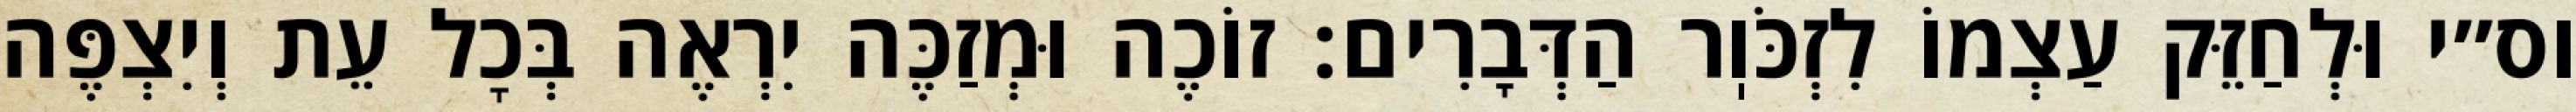
וס״י וּלְחַזֵּק עַצְמוֹ לִזְכֹּוֽר הַדְּבָרִים: זוֹכֶה וּמְזַכֶּה יִרְאֶה בְּכׇל עֵת וְיִצְפֶּה